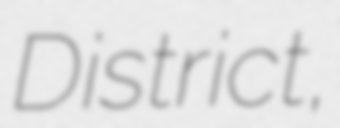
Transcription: District,